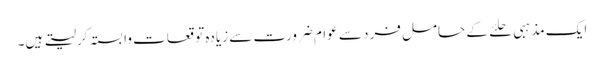
ایک مذہبی حلئے کے حامل فرد سے عوام ضرورت سے زیادہ توقعات وابستہ کرلیتے ہیں۔